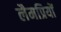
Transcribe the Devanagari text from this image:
लैमप्रियों